Calcutta medical institutions reports 1871-78
Year: 1871
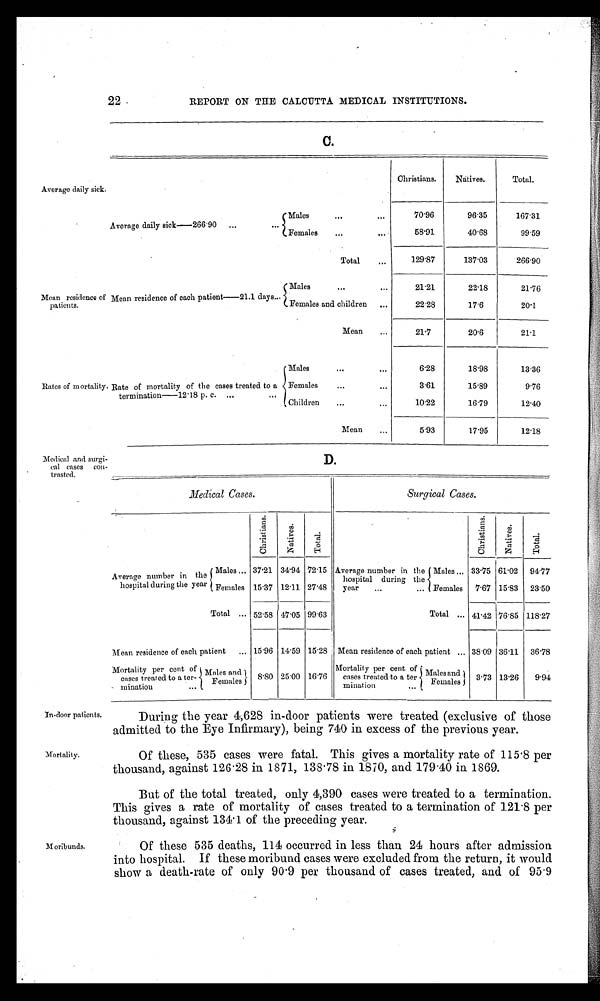
22. REPORT ON THE CALCUTTA MEDICAL INSTITUTIONS.
C.
Average daily sick.
Mean residence of
patients.
Rates of mortality.
Christians.
Natives.
Total.
Average daily sick—266.90
Males
7 0 . 9 6
96.35
167.31
Females
58.91
40.68
99.59
Total
1 2 9 . 8 7
137.03
266.90
Mean residence of each patient—21.1 days
Males
21.21
22.18
21.76
Females and children
2 2 . 2 8
17.6
20.1
Mean
2 1 . 7
20.6
21-1
Males
6.28
18.98
13.36
Rate of mortality of the cases treated to a
termination—12.18 p. c.
Females
3.61
15.89
9.76
Children
10.22
16.79
12.40
Mean
5.93
17.95
12.18
Medical and surgi-
cal cases
con-trasted.
D.
Medical Cases.
Surgical Cases.
Ch r i s t i a n s . .
Na t i ve s .
T o t a l .
C h r i s t i a n s .
N a t i v e s . l
T o t a l .
Average number in the
hospital during the year
Males
37.21 34.94 72.15 Average number in the
hospital during the
year
Males
33.75 61.02
9 4 . 7 7
Females 15.37 12.11 27.48
Females 7.67 15.83 23.50
Total
52.58 47.05 99.63
Total
41.42 76.85 118.27
Mean residence of each patient
15.96 14.59
1 5 . 2 8 Mean residence of each Patient
38.09 36.11 36.78
Mortality
per cent
of cases treated to a ter- mination Males and
8.80 25.00
1 6 . 7 6 Mortality per cent of cases treated to a termination
M a l e s a n d
, 3.73 13.26
9.94
Females
Females
In-door patients.
Mortality.
During the year 4,628 in-door patients were treated (exclusive of those
admitted to the Eye Infirmary), being 740 in. excess of the previous year.
Of these, 535 cases were fatal. This gives a mortality rate of 115.8 per
thousand, against 126.28 in 1871, 138.78 in 1870, and 179.40 in 1869.
But of the total treated, only 4,390 cases were treated to a termination.
This gives a rate of mortality of cases treated to a termination of 121.8 per
thousand, against 134.1 of the preceding year.
Moribunds.
Of these 535 deaths, 114 occurred in less than
2 4 h o u r s a f t e r a d m i s s i o n i n t o h o s p i t a l . I f t h e s e m o r i b u n d c a s e s w e r e e x c l u d e d f r o m t h e r e t u r n , i t w o u l d
show a death-rate of only 90 . 9 per thousand of cases treated, and of 95.9